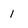
Character: 1